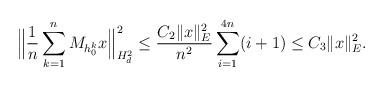
LaTeX: \begin{align*} \Big\|\frac{1}{n}\sum_{k=1}^{n} M_{h_0^k} x \Big\|_{H^2_d}^2&\leq \frac{C_2\|x\|_E^2}{n^2}\sum_{i=1}^{4n} (i+1)\leq C_3 \|x\|_E^2.\end{align*}